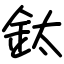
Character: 鈦